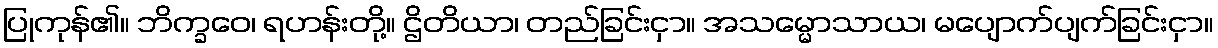
ပြုကုန်၏။ ဘိက္ခဝေ၊ ရဟန်းတို့။ ဌိတိယာ၊ တည်ခြင်းငှာ။ အသမ္မောသာယ၊ မပျောက်ပျက်ခြင်းငှာ။